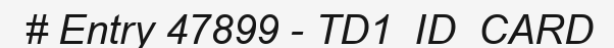
# Entry 47899 - TD1_ID_CARD